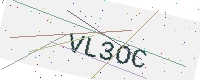
Text: VL3OC